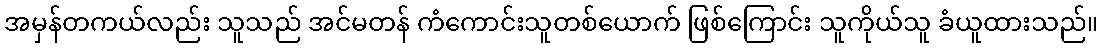
အမှန်တကယ်လည်း သူသည် အင်မတန် ကံကောင်းသူတစ်ယောက် ဖြစ်ကြောင်း သူကိုယ်သူ ခံယူထားသည်။